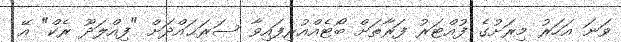
ވަނަ އަހަރު މިރަށުގެ ފުއްޓަރު ފަރާތަށް ބޯޓެއްއުރިފައިވާ ސަރަޙައްދަށް "ފިއްލަދޫ ރެކް" އޭ